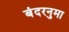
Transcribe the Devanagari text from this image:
बंदरनुमा